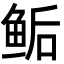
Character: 鲘